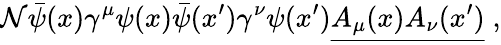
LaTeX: \mathcal{N}{\bar{{\psi}}}(x)\gamma^{\mu}\psi(x){\bar{{\psi}}}(x^{\prime})\gamma^{\nu}\psi(x^{\prime}){\underline{{{A_{\mu}(x)A_{\nu}(x^{\prime})}}}}\; ,